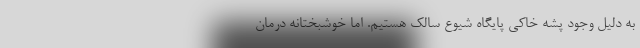
به دلیل وجود پشه خاکی پایگاه شیوع سالک هستیم. اما خوشبختانه درمان